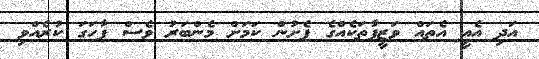
އަދި އެއީ އެތައް ވަޒީފާތަކެއްގެ ފެށުން ކަމަށް މެންބަރު ވެސް ފާހަގަ ކުރެއްވި